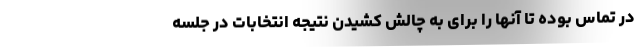
در تماس بوده تا آنها را برای به چالش کشیدن نتیجه انتخابات در جلسه